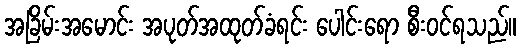
အခြိမ်းအမောင်း အပုတ်အထုတ်ခံရင်း ပေါင်းရော စီးဝင်ရသည်။